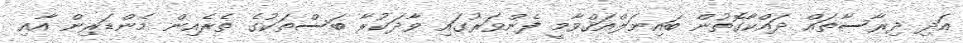
އަދި ދިރާސާތައް ދައްކާގޮތުން ބައިނަލްއަޤްވާމީ ފެންވަރުގައި ވާދަކުރާ ބަސްތަކުގެ ތެރެއިން މެންޑަރިން އާއި